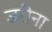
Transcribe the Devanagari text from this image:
जरीना